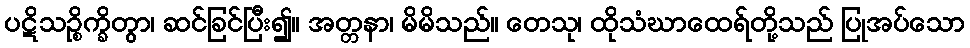
ပဋိသဉ္စိက္ခိတွာ၊ ဆင်ခြင်ပြီး၍။ အတ္တနာ၊ မိမိသည်။ တေသု၊ ထိုသံဃာထေရ်တို့သည် ပြုအပ်သော